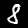
Label: 8